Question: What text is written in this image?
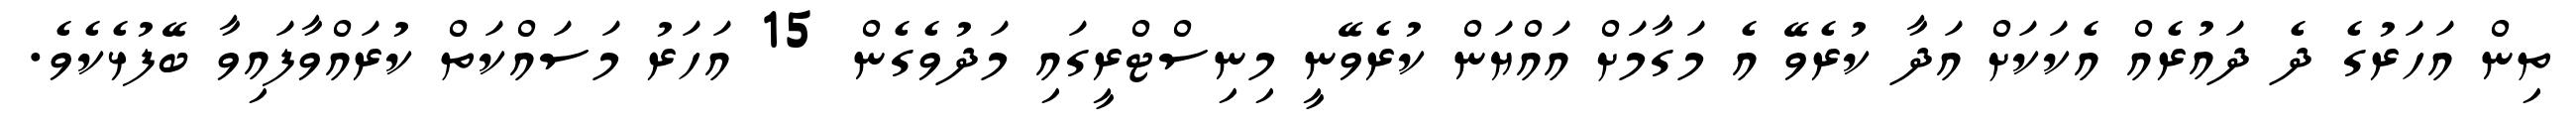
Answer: ތިން އަހަރުގެ ދެ ދައުރެއް އެކަކަށް އަދާ ކުރެވޭ އެ މަގާމަށް އައްޔަން ކުރެވޭނީ މިނިސްޓްރީގައި މަދުވެގެން 15 އަހަރު މަސައްކަތް ކުރައްވާފައިވާ ބޭފުޅެކެވެ.